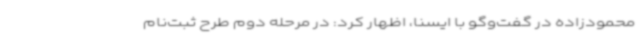
محمودزاده در گفت‌وگو با ایسنا، اظهار کرد: در مرحله دوم طرح ثبت‌نام